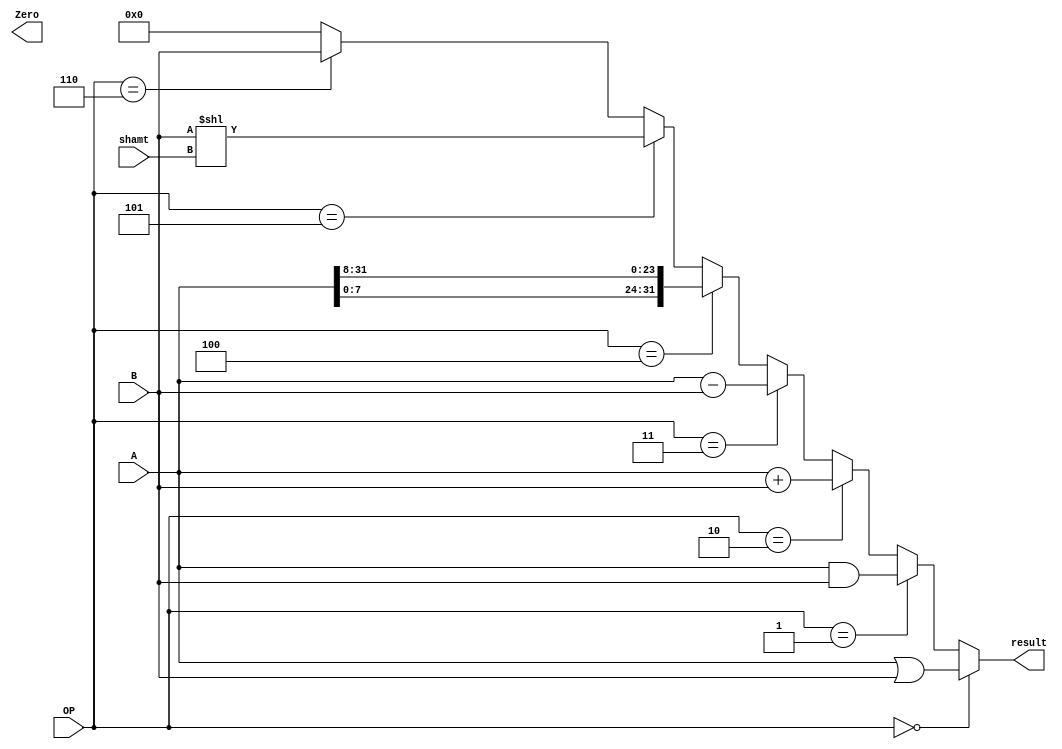
`timescale 1ns / 1ps
//////////////////////////////////////////////////////////////////////////////////
// Company: 
// Engineer: 
// 
// Design Name: 
// Module Name:    ALU 
// Project Name: 
// Target Devices: 
// Tool versions: 
// Description: 
//
// Dependencies: 
//
// Revision: 
// Revision 0.01 - File Created
// Additional Comments: 
//
//////////////////////////////////////////////////////////////////////////////////
module ALU(
    input [3:0] OP,
    input [31:0] A,
    input [31:0] B,
	 input [4:0] shamt,
    output [31:0] result,
	 output Zero 
    );
reg [31:0]	z;
initial begin
	z = 0;
end
assign zero = (result == 32'b0)	?	1:	0;
assign result = 	(OP == 0)	?	A | B	:
						(OP == 1)	?	A & B	:
						(OP == 2)	?	A + B :
						(OP == 3)	?	A - B	:
						(OP == 4)	? 	{A[7:0],A[31:8]}	:
						(OP == 5)	?	B << shamt	:
						(OP == 6)	?	B	:
						0;

endmodule